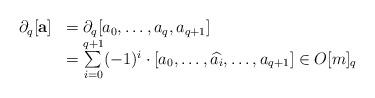
LaTeX: \begin{align*}\begin{array}{llllll} \partial_q[\mathbf a]&=\partial_q[a_0,\dots,a_q,a_{q+1}] \\ & =\sum\limits_{i=0}^{q+1}(-1)^i\cdot[a_0,\dots,\widehat{a_i},\dots,a_{q+1}]\in O[m]_{q}\\\end{array}\end{align*}